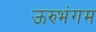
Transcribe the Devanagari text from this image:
ऊरुभंगम